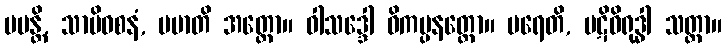
မမန္တိ, သာမိဝစနံ, မမာတိ အတ္ထော။ ဝါသဒ္ဒေါ ဝိကပ္ပနတ္ထော။ ပရေတိ, ပဋိဝိရုဒ္ဓါ သတ္တာ။